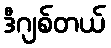
ဒီဂျစ်တယ်